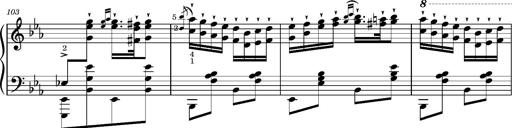
Title: Magyar rapszÃ³diÃ¡k
Composer: Franz Liszt